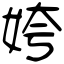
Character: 姱